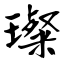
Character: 璨